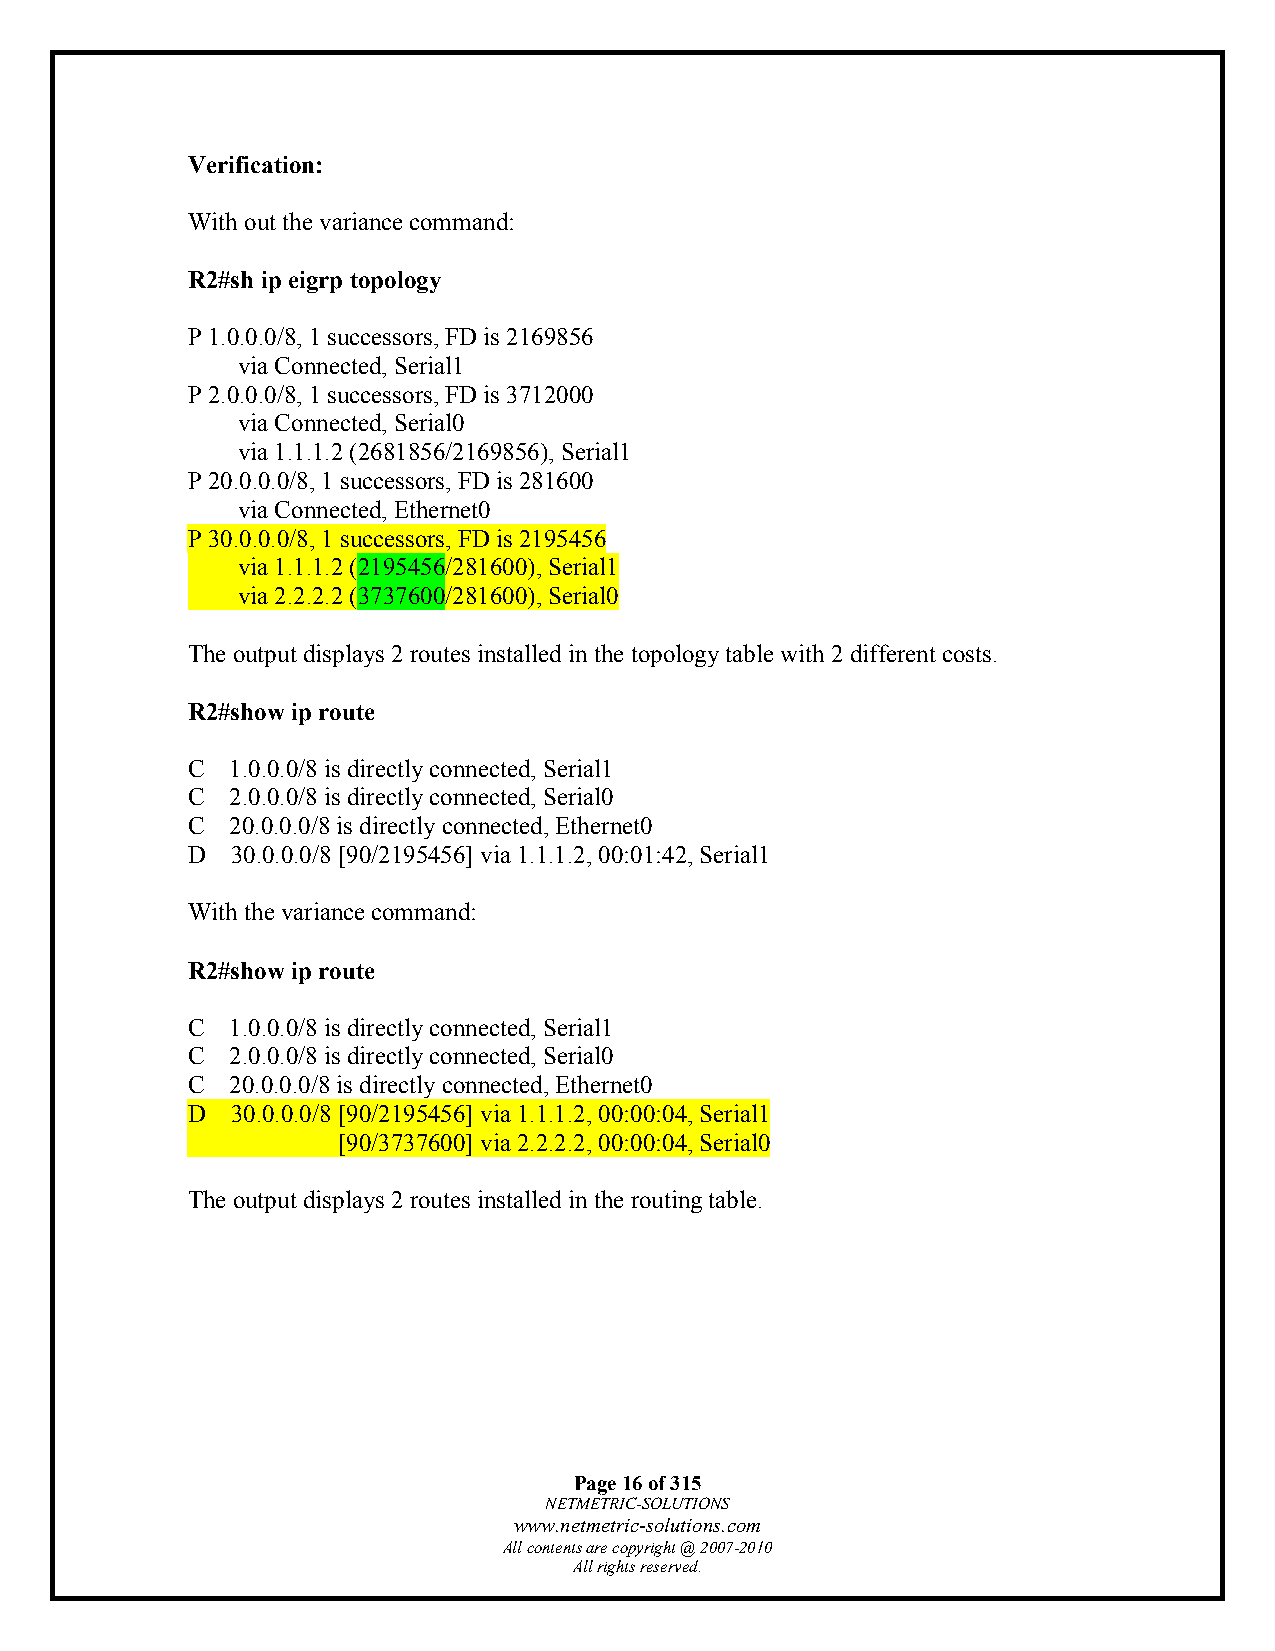
Verification:
 With out the variance command:
 R2#sh ip eigrp topology
 P 1.0.0.0/8, 1 successors, FD is 2169856
 via Connected, Serial1
 P 2.0.0.0/8, 1 successors, FD is 3712000
 via Connected, Serial0
 via 1.1.1.2 (2681856/2169856), Serial1
 P 20.0.0.0/8, 1 successors, FD is 281600
 via Connected, Ethernet0
 P 30.0.0.0/8, 1 successors, FD is 2195456
 via 1.1.1.2 (2195456/281600), Serial1
 via 2.2.2.2 (3737600/281600), Serial0
 The output displays 2 routes installed in the topology table with 2 different costs.
 R2#show ip route
 C  1.0.0.0/8 is directly connected, Serial1
 C  2.0.0.0/8 is directly connected, Serial0
 C  20.0.0.0/8 is directly connected, Ethernet0
 D  30.0.0.0/8 [90/2195456] via 1.1.1.2, 00:01:42, Serial1
 With the variance command:
 R2#show ip route
 C  1.0.0.0/8 is directly connected, Serial1
 C  2.0.0.0/8 is directly connected, Serial0
 C  20.0.0.0/8 is directly connected, Ethernet0
 D  30.0.0.0/8 [90/2195456] via 1.1.1.2, 00:00:04, Serial1
 [90/3737600] via 2.2.2.2, 00:00:04, Serial0
 The output displays 2 routes installed in the routing table.
 Page 16 of 315
 NETMETRIC-SOLUTIONS
 www.netmetric-solutions.com
 All contents are copyright @ 2007-2010
 All rights reserved.